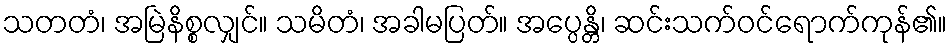
သတတံ၊ အမြဲနိစ္စလျှင်။ သမိတံ၊ အခါမပြတ်။ အပ္ပေန္တိ၊ ဆင်းသက်ဝင်ရောက်ကုန်၏။